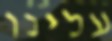
עלינו